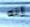
إنه